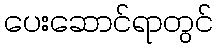
ပေးဆောင်ရာတွင်